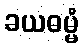
ခယဓမ္မံ